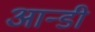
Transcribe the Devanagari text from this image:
आन्डी